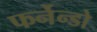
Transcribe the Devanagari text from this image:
फर्नेन्डो